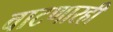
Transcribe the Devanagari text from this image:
वाटणारही